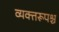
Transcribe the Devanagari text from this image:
व्यक्तरूपश्च